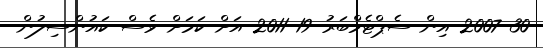
30 2007 އިން ސެޕްޓެމްބަރު 19 2011 އަށް ކަމަށް ވެސް ކައުންސިލުން